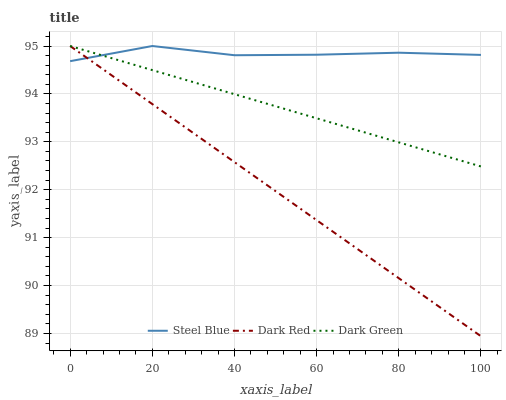
| xaxis_label | Steel Blue | Dark Red | Dark Green |
 | --- | --- | --- | --- |
 | 0 | 94.7 | 95 | 95 |
 | 20 | 95 | 93.8 | 94.5 |
 | 40 | 94.8 | 92.6 | 94 |
 | 60 | 94.8 | 91.4 | 93.5 |
 | 80 | 94.9 | 90.2 | 93 |
 | 100 | 94.8 | 88.9 | 92.5 |